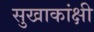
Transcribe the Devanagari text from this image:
सुखाकांक्षी